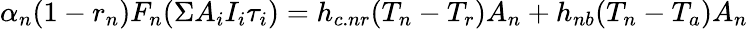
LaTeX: \alpha_{n}(1-r_{n})F_{n}(\Sigma A_{i}I_{i}\tau_{i})=h_{c.nr}(T_{n}-T_{r})A_{n}+h_{nb}(T_{n}-T_{a})A_{n}